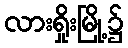
လားရှိုးမြို့၌